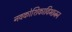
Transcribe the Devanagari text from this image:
नवकोशिकाविभाजन